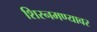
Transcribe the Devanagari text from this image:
शिस्नमण्यावर